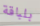
بلباقة